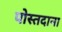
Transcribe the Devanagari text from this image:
पोस्तदाना